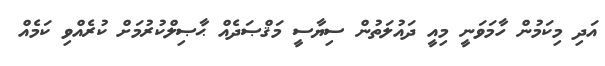
އަދި މިކަމުން ހާމަވަނީ މިއީ ދައުލަތުން ސިޔާސީ މަޤްޞަދެއް ޙާޞިލްކުރުމަށް ކުރެއްވި ކަމެއް